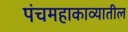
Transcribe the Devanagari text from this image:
पंचमहाकाव्यातील